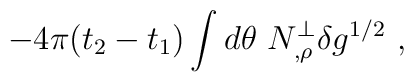
-4\pi(t_2-t_1)\int d\theta \ N^{\perp}_{,\rho} \delta g^{1/2} \ ,